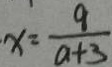
x = \frac { 9 } { a + 3 }